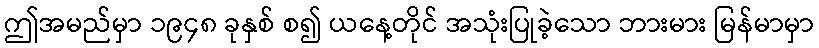
ဤအမည်မှာ ၁၉၄၈ ခုနှစ် စ၍ ယနေ့တိုင် အသုံးပြုခဲ့သော ဘားမား မြန်မာမှာ